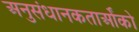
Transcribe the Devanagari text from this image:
अनुसंधानकतार्ओंको